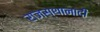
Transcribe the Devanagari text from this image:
राजस्थानादी